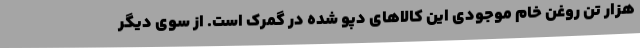
هزار تن روغن خام موجودی این کالاهای دپو شده در گمرک است. از سوی دیگر